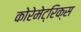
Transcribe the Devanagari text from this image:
कोरेमेट्रिक्स